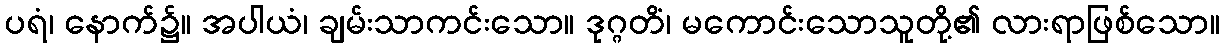
ပရံ၊ နောက်၌။ အပါယံ၊ ချမ်းသာကင်းသော။ ဒုဂ္ဂတိံ၊ မကောင်းသောသူတို့၏ လားရာဖြစ်သော။